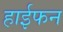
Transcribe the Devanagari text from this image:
हाईफन